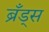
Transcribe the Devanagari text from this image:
ब्रँड्स